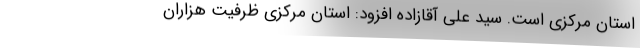
استان مرکزی است. سید علی آقازاده افزود: استان مرکزی ظرفیت هزاران